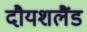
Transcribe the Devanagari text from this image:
दौयशलैंड